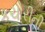
કચોરીની